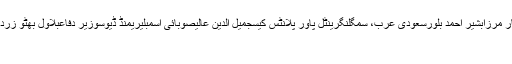
جرمانہچیف الیکشن کمشنراسامہ بن لادنصومالیہاحتجاجڈونلڈ ٹرمپذوالفقار مرزابشیر احمد بلورسعودی عرب، سمگلنگرینٹل پاور پلانٹس کیسجمیل الدین عالیصوبائی اسمبلیریمنڈ ڈیوسوزیر دفاعبلاول بھٹو زرداریشیری رحمانپاکستان فضائیہکوہستان ویڈیو اسکینڈلایرانشکیل آفریدی
سرینگر ۔